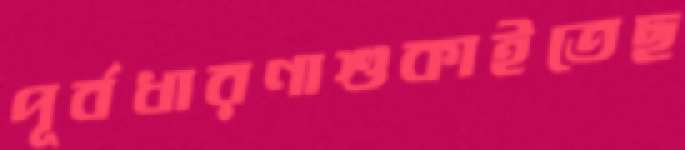
পূর্বধারণাশুকাইতেছ